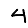
Digit: 4